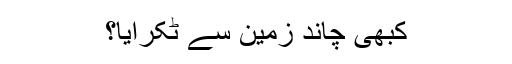
کبھی چاند زمین سے ٹکرایا؟